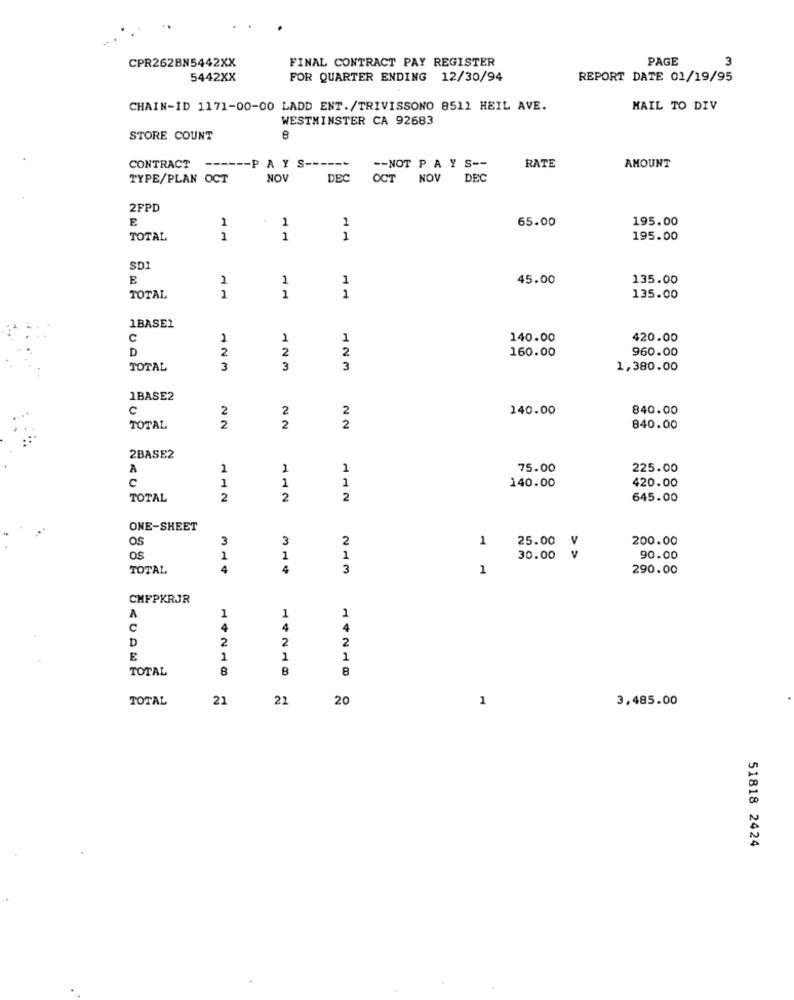
FINAL CONTRACT PAY REGISTER
PAGE
3
CPR262BN5442XX
5442XX
FOR QUARTER ENDING 12/30/94
REPORT DATE 01/19/95
CHAIN-ID 1171-00-00 LADD ENT./TRIVISSONO 8511 HEIL AVE.
MAIL TO DIV
WESTMINSTER CA 92683
STORE COUNT
8
-- PAYS ------
CONTRACT
-- NOT P A Y S --
RATE
AMOUNT
TYPE/PLAN OCT
NOV
DEC
OCT
NOV
DEC
2FPD
E
1
1
2
65.00
195.00
TOTAL
1
1
1
195.00
SDI
1
1
1
45.00
135.00
1
1
TOTAL
1
135.00
1BASE1
C
1
1
1
140.00
420.00
D
2
2
2
160.00
960.00
TOTAL
3
3
3
1,380.00
1BASE2
C
2
2
140.00
840.00
2
TOTAL
2
2
840.00
2BASE2
A
1
1
75.00
225.00
C
1
1
1
140.00
420.00
TOTAL
2
2
2
645.00
ONE-SHEET
OS
3
3
2
1
25.00
200.00
V
OS
1
1
1
30.00
v
90.00
TOTAL
4
4
3
1
290.00
CHFPKRJR
1
1
A
1
C
4
4
4
D
2
2
2
E
1
1
1
TOTAL
B
8
TOTAL
21
22
20
1
3,485.00
51818 2424